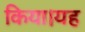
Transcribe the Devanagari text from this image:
किया।यह